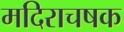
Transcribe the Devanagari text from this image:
मदिराचषक